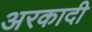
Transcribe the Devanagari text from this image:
अरकादी